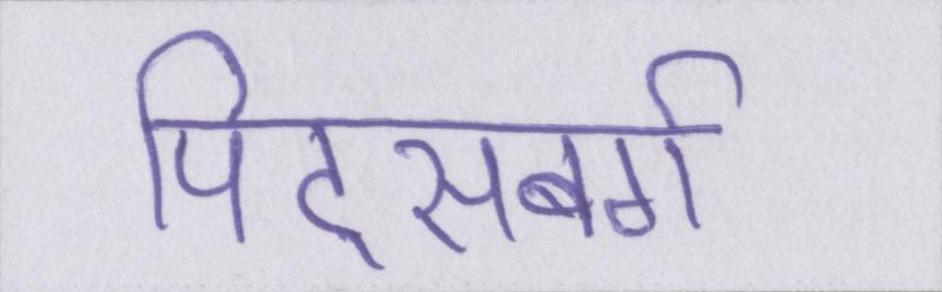
पिट्सबर्ग